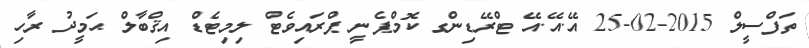
ތަފްސީލް 2015-02-25 އޭ.އޭ.އޭ ޓްރޭޑިންގ ކޮމްޕެނީ ޕްރައިވެޓް ލިމިޓެޑް އިޤްބާލް ޙަމީދު ރާހި